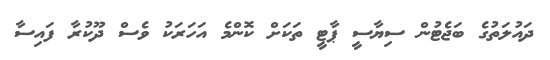
ދައުލަތުގެ ބަޖެޓުން ސިޔާސީ ޕާޓީ ތަކަށް ކޮންމެ އަހަރަކު ވެސް ދޫކުރާ ފައިސާ